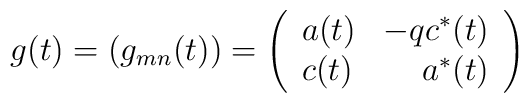
g(t) = (g_{mn}(t))=\left( \begin{array}{lr}	a(t) & -qc^{*}(t) \\	c(t) & a^{*}(t) \end{array} \right)